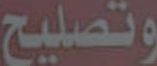
وتصليح